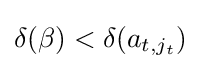
\delta (\beta )<\delta (a_{t,j_{t}})